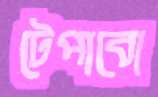
টেপাবো